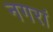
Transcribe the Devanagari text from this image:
नगरां